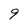
Character: 9